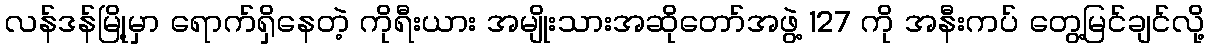
လန်ဒန်မြို့မှာ ရောက်ရှိနေတဲ့ ကိုရီးယား အမျိုးသားအဆိုတော်အဖွဲ့ 127 ကို အနီးကပ် တွေ့မြင်ချင်လို့